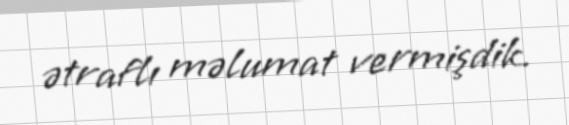
ətraflı məlumat vermişdik.